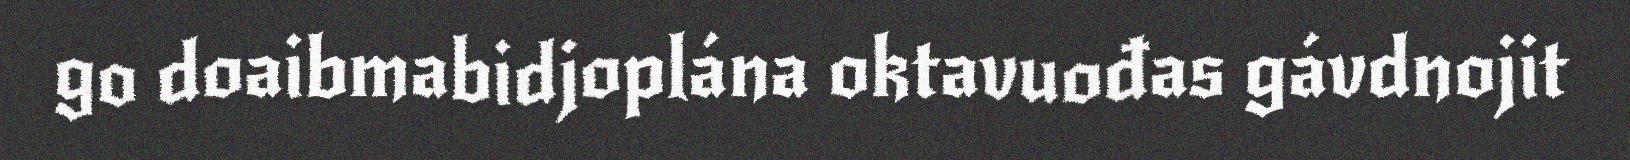
go doaibmabidjoplána oktavuođas gávdnojit